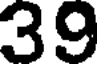
39